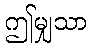
ဤမျှသာ